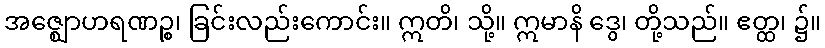
အဇ္ဈောဟရဏဉ္စ၊ ခြင်းလည်းကောင်း။ ဣတိ၊ သို့။ ဣမာနိ ဒွေ၊ တို့သည်။ ဧတ္ထ၊ ၌။